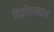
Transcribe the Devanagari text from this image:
विद्रोहस्वरुप